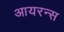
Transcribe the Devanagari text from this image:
आयरन्‍स